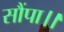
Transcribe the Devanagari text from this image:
सौंपा।।